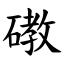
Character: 䃝